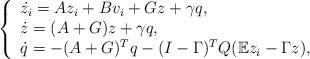
LaTeX: \begin{align*} \left\{\begin{array}{l}\dot{z_i} = A z_i+ B v_i +G z +\gamma q,\\ \dot{z} =(A+G) z +\gamma q , \\ \dot{q} = -(A+G)^T q -(I-\Gamma)^T Q (\mathbb{E}z_i -\Gamma z) ,\end{array}\right.\end{align*}